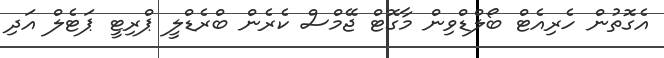
އެގޮތުން ހެރިއެޓް ބޯލްޑްވިން މާގޮޓް ޖޭމްސް ކެރެން ބްރެޑްލީ ޕްރިޓީ ޕަޓެލް އަދި